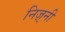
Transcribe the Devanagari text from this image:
निज़्नी